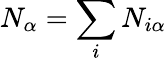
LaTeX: N_{\alpha}=\sum_{i}N_{i\alpha}